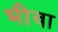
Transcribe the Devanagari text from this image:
भीवा